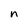
Character: n